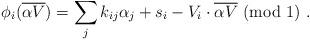
LaTeX: \begin{align*} \phi_i ({\overline {\alpha V}}) =\sum_j k_{ij} \alpha_j + s_i -V_i \cdot {\overline {\alpha V}} ~(\mbox{mod}~1)~.\end{align*}